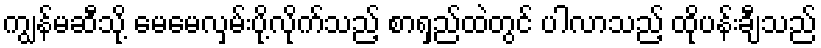
ကျွန်မဆီသို့ မေမေလှမ်းပို့လိုက်သည့် စာရှည်ထဲတွင် ပါလာသည့် ထိုပန်းချီသည်